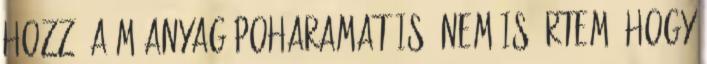
hozzá a műanyag poharamat is, nem is értem, hogy